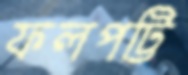
ফলপট্টি